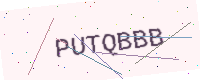
Text: PUTQBBB